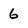
Character: 6